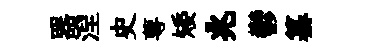
器湼史萼矮兆鬱纂